Cholera in southern India
Disease focus: Cholera
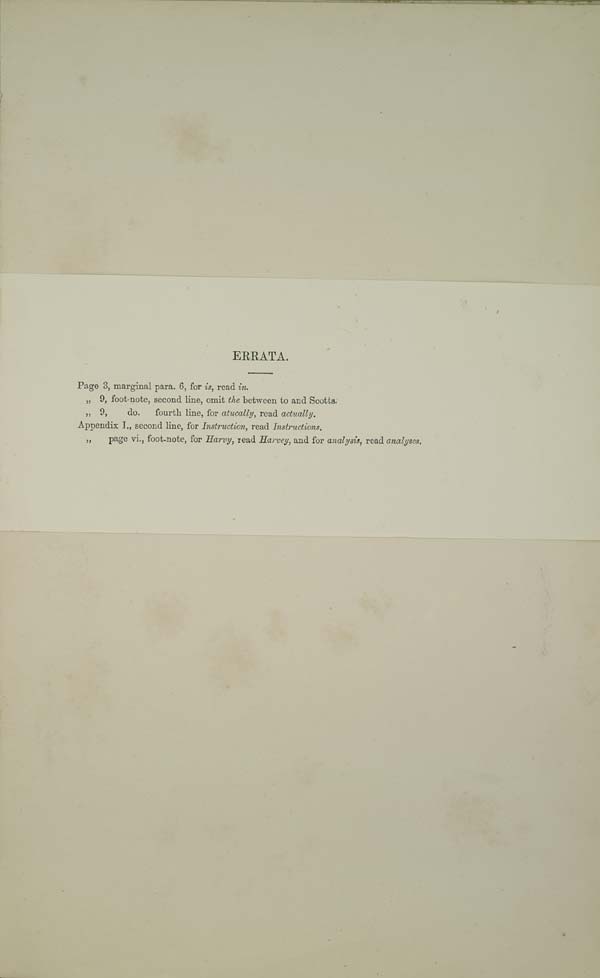
ERRATA.
Page 3, marginal para. 6, for is, read in.
" 9, foot-note, second line, omit the between to and Scotts.
" 9,
do.
fourth line, for atucally, read actually.
Appendix I., second line, for Instruction, read Instructions.
"
page vi., foot-note, for Harvy, read Harvey, and for analysis, read analyses.